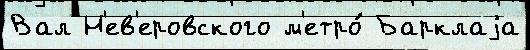
Вал Н'ев'еровского м'етро́ Барклаjа